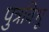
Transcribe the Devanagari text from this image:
पुत्रविभू